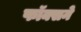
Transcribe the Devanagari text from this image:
फॉक्सने